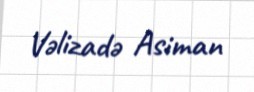
Vəlizadə Asiman